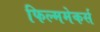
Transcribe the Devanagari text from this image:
फिल्ममेकर्स